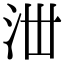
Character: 𣳘